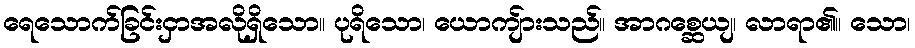
ရေသောက်ခြင်းငှာအလိုရှိသော။ ပုရိသော၊ ယောကျ်ားသည်။ အာဂစ္ဆေယျ၊ လာရာ၏။ သော၊